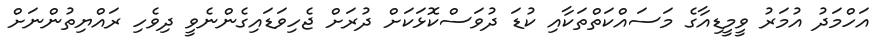
އަހްމަދު އުމަރު ވީމީޑިއާގެ މަސައްކަތްތަކާއި ކުޑަ ދުވަސްކޮޅަކަށް ދުރަށް ޖެހިވަޑައިގެންނެވީ ދިވެހި ރައްޔިތުންނަށް